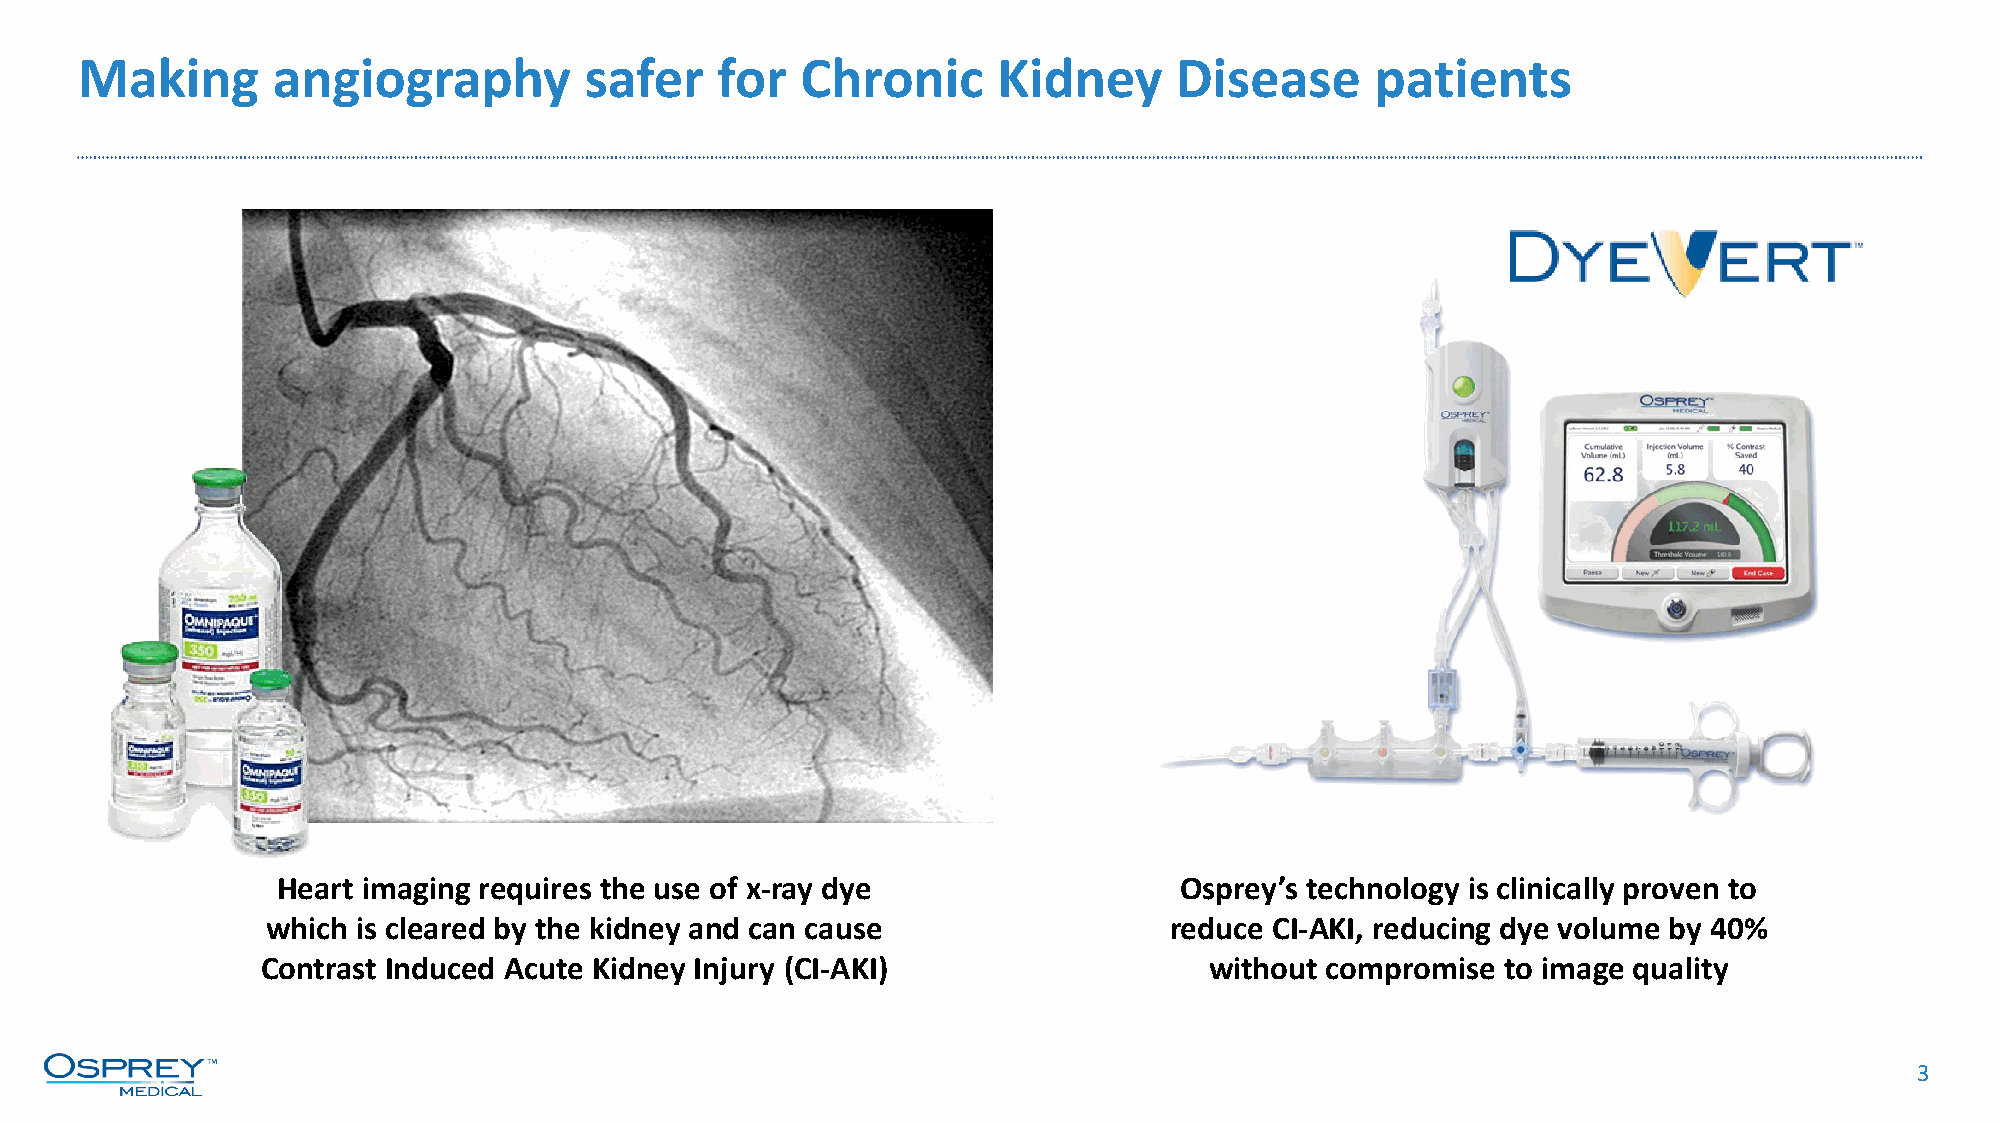
Making       angiography          safer   for   Chronic      Kidney      Disease      patients
 Heart imaging requires the use of x-ray dye                 Osprey’s technology is clinically proven to
 which is cleared by the kidney and can cause               reduce CI-AKI, reducing dye volume by 40%
 Contrast Induced Acute Kidney Injury (CI-AKI)                  without compromise  to image quality
 3